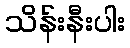
သိန်းနီးပါး